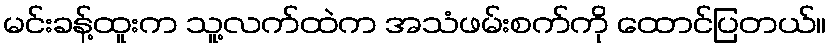
မင်းခန့်ထူးက သူ့လက်ထဲက အသံဖမ်းစက်ကို ထောင်ပြတယ်။